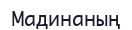
Мадинаның